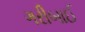
ગરીબાઈ